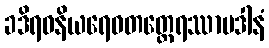
ခဒိရဝနိယရေဝတတ္ထေရဿာပဒါနံ